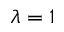
\lambda = 1